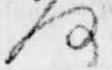
何